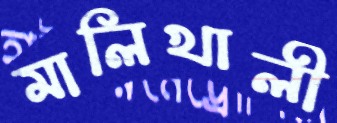
মালিখালী